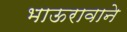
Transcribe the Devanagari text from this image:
भाऊरावाने